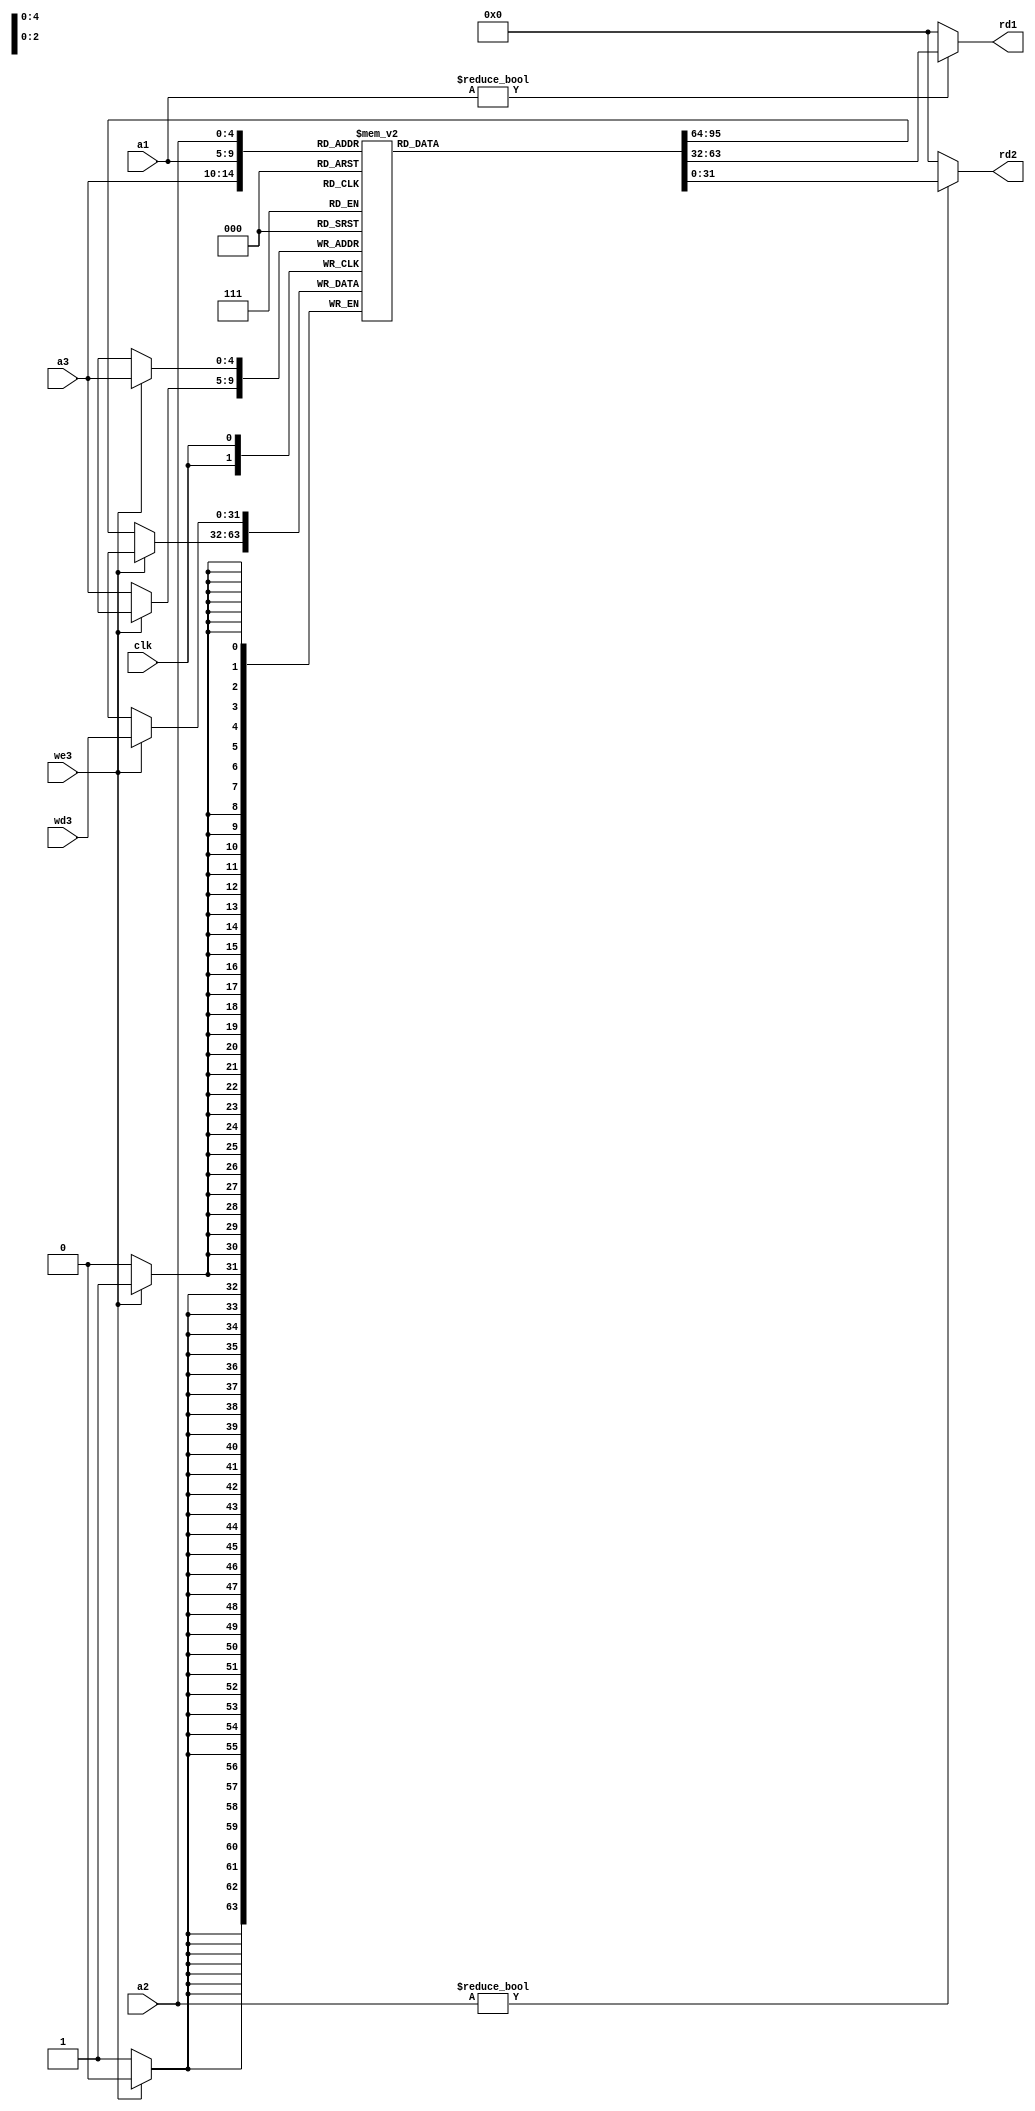
/*
 * @Author: Eric Wong 
 * @Date: 2022-01-15 22:48:05 
 * @Last Modified by:   Eric Wong 
 * @Last Modified time: 2022-01-15 22:48:05 
 */

module reg_file # (
        parameter   Width   = 32,
                    N       = 32            // 32 registers
    )
    (
        input               clk ,
        input   [4:0]       a1  ,           // rd1 address
        input   [4:0]       a2  ,           // rd2 address
        input   [4:0]       a3  ,           // Write address
        input               we3 ,           // Write enable, active high
        input   [Width-1:0] wd3 ,           // Write data
        output  [Width-1:0] rd1 ,           // read data from address a1
        output  [Width-1:0] rd2             // read data from address a2
    );
    reg [Width-1:0] rf [N-1:0];             // Memory Declairation
    
    // Write Register
    always @(posedge clk) begin
        if (we3) begin
            rf[a3] <= wd3;
        end

        else begin
            rf[a3] <= rf[a3];
        end
    end

    assign rd1  =   (a1 != 5'b00000) ?      // Read the register of address a1
                    rf[a1] :
                    0;
    assign rd2  =   (a2 != 5'b00000) ?      // Read the register of address a2
                    rf[a2] :
                    0;
endmodule